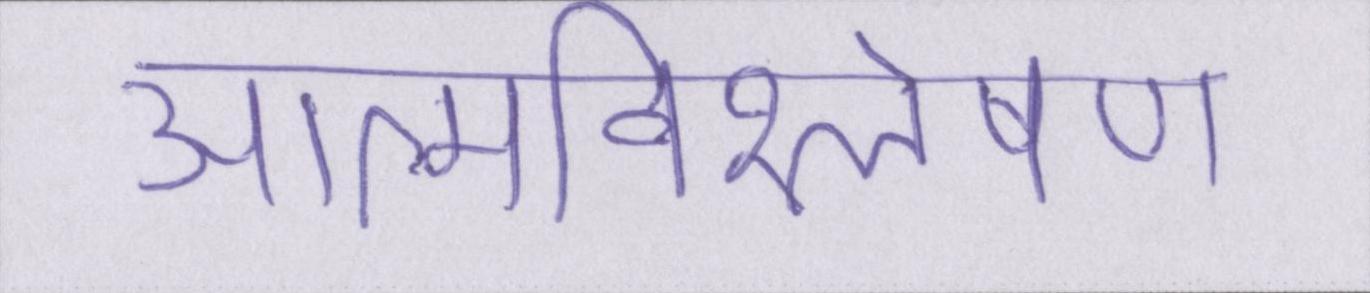
आत्मविश्लेषण